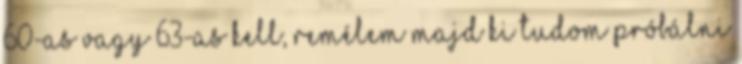
60-as vagy 63-as kell, remélem majd ki tudom próbálni